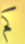
كم